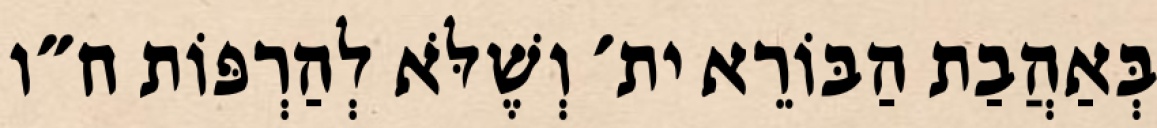
בְּאַהֲבַת הַבּוֹרֵא ית׳ וְשֶׁלֹּא לְהַרְפּוֹת ח״ו